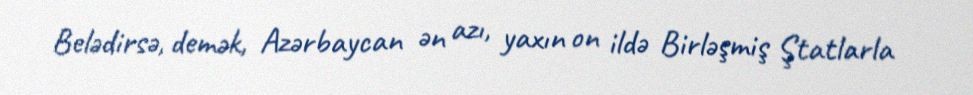
Belədirsə, demək, Azərbaycan ən azı, yaxın on ildə Birləşmiş Ştatlarla